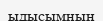
ыдысымның